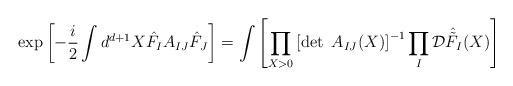
LaTeX: \begin{align*}\exp \left[ - \frac{i}{2} \int d^{d+1} X \hat{F}_I A_{IJ} \hat{F}_J \right] = \int \left[ \prod_{X >0 } \left[ \det ~ A_{IJ} (X) \right]^{-1} \prod_I {\cal D} \hat{\tilde{F}}_I (X) \right] \end{align*}